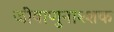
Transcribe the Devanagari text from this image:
जीवाणुनाश्शक